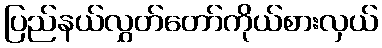
ပြည်နယ်လွှတ်တော်ကိုယ်စားလှယ်